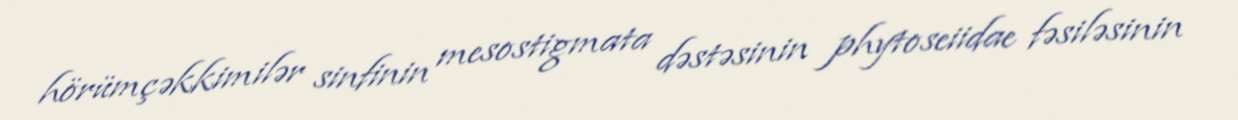
hörümçəkkimilər sinfinin mesostigmata dəstəsinin phytoseiidae fəsiləsinin